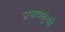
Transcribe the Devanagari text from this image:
प्रभावातूनही